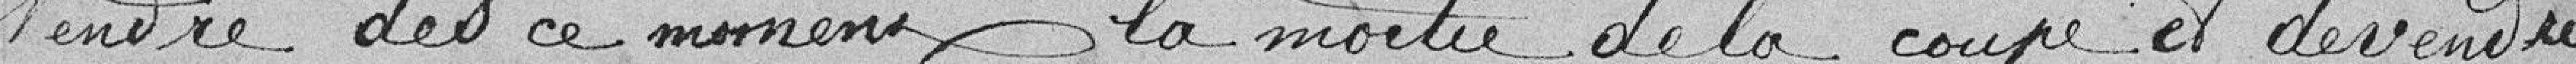
vendre dès ce moment la moitié de la coupe et de vendre